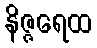
နိဇ္ဇရေထ